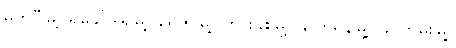
မတူပီမြို့၊ ရိခေါ်ဒါရ်မြို့၊ ရေဇွာမြို့၊ ဟားခါးမြို့၊ နှာဟရိန်မြို့၊ ခိုင်ကမ်းမြို့၊